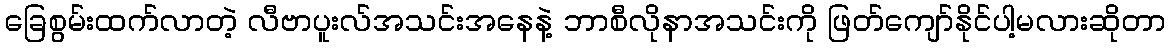
ခြေစွမ်းထက်လာတဲ့ လီဗာပူးလ်အသင်းအနေနဲ့ ဘာစီလိုနာအသင်းကို ဖြတ်ကျော်နိုင်ပါ့မလားဆိုတာ